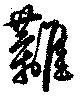
籬